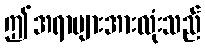
ဤအရာများအားလုံးသည်